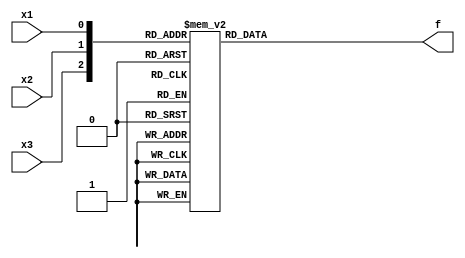
module top_module (
    input               x3,
    input               x2,
    input               x1,
    output              f
);

    always @ (*) begin
        case ({x3, x2, x1})
            3'b000 : f = 1'b0;
            3'b001 : f = 1'b0;
            3'b010 : f = 1'b1;
            3'b011 : f = 1'b1;
            3'b100 : f = 1'b0;
            3'b101 : f = 1'b1;
            3'b110 : f = 1'b0;
            3'b111 : f = 1'b1;
        endcase
    end

endmodule